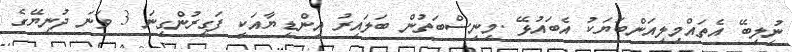
ނުިލިބޭ އެތައްްމިލިއަންބަޔަކު އެބައުޅޭ .މިނިސްބަތުން ބަލައިރު އިންޑިޔާއަކީ ފަގީރުންގިނަ 3 ވަނަ ދުނިޔޭގެ